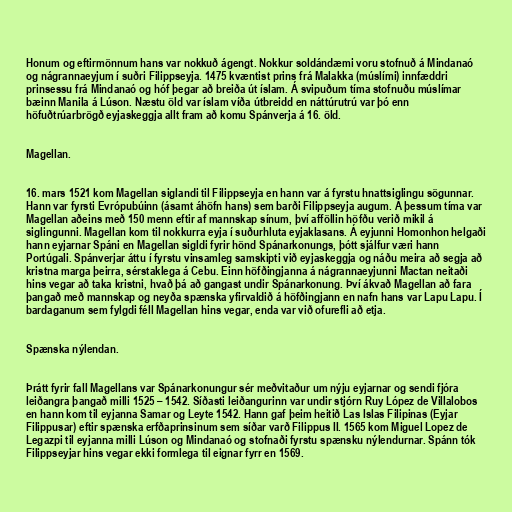
Honum og eftirmönnum hans var nokkuð ágengt. Nokkur soldándæmi voru stofnuð á Mindanaó
og nágrannaeyjum í suðri Filippseyja. 1475 kvæntist prins frá Malakka (múslími) innfæddri
prinsessu frá Mindanaó og hóf þegar að breiða út íslam. Á svipuðum tíma stofnuðu múslímar
bæinn Manila á Lúson. Næstu öld var íslam víða útbreidd en náttúrutrú var þó enn
höfuðtrúarbrögð eyjaskeggja allt fram að komu Spánverja á 16. öld.

Magellan.

16. mars 1521 kom Magellan siglandi til Filippseyja en hann var á fyrstu hnattsiglingu sögunnar.
Hann var fyrsti Evrópubúinn (ásamt áhöfn hans) sem barði Filippseyja augum. Á þessum tíma var
Magellan aðeins með 150 menn eftir af mannskap sínum, því afföllin höfðu verið mikil á
siglingunni. Magellan kom til nokkurra eyja í suðurhluta eyjaklasans. Á eyjunni Homonhon helgaði
hann eyjarnar Spáni en Magellan sigldi fyrir hönd Spánarkonungs, þótt sjálfur væri hann
Portúgali. Spánverjar áttu í fyrstu vinsamleg samskipti við eyjaskeggja og náðu meira að segja að
kristna marga þeirra, sérstaklega á Cebu. Einn höfðingjanna á nágrannaeyjunni Mactan neitaði
hins vegar að taka kristni, hvað þá að gangast undir Spánarkonung. Því ákvað Magellan að fara
þangað með mannskap og neyða spænska yfirvaldið á höfðingjann en nafn hans var Lapu Lapu. Í
bardaganum sem fylgdi féll Magellan hins vegar, enda var við ofurefli að etja.

Spænska nýlendan.

Þrátt fyrir fall Magellans var Spánarkonungur sér meðvitaður um nýju eyjarnar og sendi fjóra
leiðangra þangað milli 1525 – 1542. Síðasti leiðangurinn var undir stjórn Ruy López de Villalobos
en hann kom til eyjanna Samar og Leyte 1542. Hann gaf þeim heitið Las Islas Filipinas (Eyjar
Filippusar) eftir spænska erfðaprinsinum sem síðar varð Filippus II. 1565 kom Miguel Lopez de
Legazpi til eyjanna milli Lúson og Mindanaó og stofnaði fyrstu spænsku nýlendurnar. Spánn tók
Filippseyjar hins vegar ekki formlega til eignar fyrr en 1569.